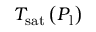
T _ { \mathrm { s a t } } \left( P _ { \mathrm { l } } \right)